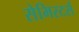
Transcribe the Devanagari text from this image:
सेमिस्टर्स